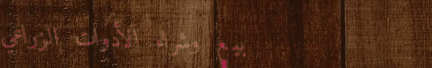
بيع وشراء الأدوات الزراعي